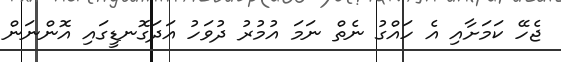
ޖެހޭ ކަމަށާއި އެ ހައްގު ނެތް ނަމަ އުމުރު ދުވަހު އަދަގޮނޑީގައި އޮންނަން